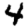
Digit: 4